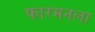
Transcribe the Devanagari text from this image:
फारमनला